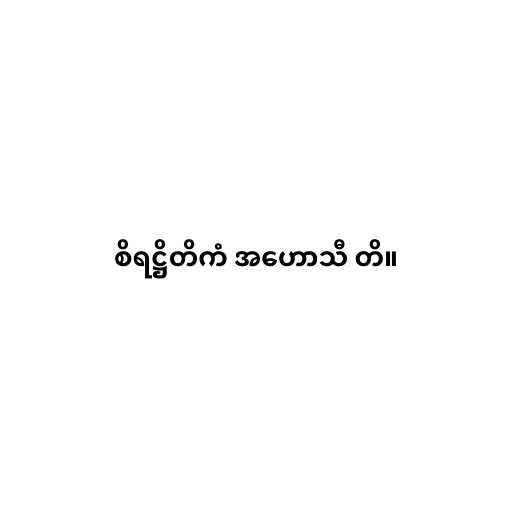
စိရဋ္ဌိတိကံ အဟောသီ တိ။